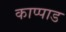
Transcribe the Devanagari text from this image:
काप्पाड